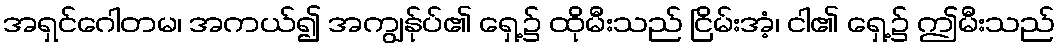
အရှင်ဂေါတမ၊ အကယ်၍ အကျွန်ုပ်၏ ရှေ့၌ ထိုမီးသည် ငြိမ်းအံ့၊ ငါ၏ ရှေ့၌ ဤမီးသည်